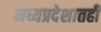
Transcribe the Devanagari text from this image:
मध्यप्रदेशातही